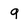
Character: 9